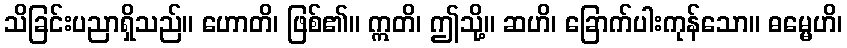
သိခြင်းပညာရှိသည်။ ဟောတိ၊ ဖြစ်၏။ ဣတိ၊ ဤသို့။ ဆဟိ၊ ခြောက်ပါးကုန်သော။ ဓမ္မေဟိ၊